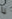
يا